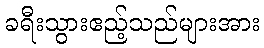
ခရီးသွားဧည့်သည်များအား